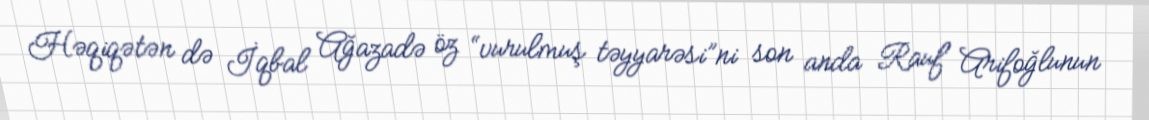
Həqiqətən də İqbal Ağazadə öz “vurulmuş təyyarəsi”ni son anda Rauf Arifoğlunun